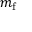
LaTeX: m _ { \mathrm { f } }